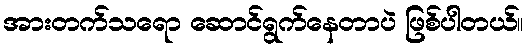
အားတက်သရော ဆောင်ရွက်နေတာပဲ ဖြစ်ပါတယ်။